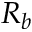
R _ { b }